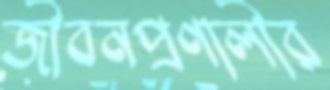
জীবনপ্রণালীর